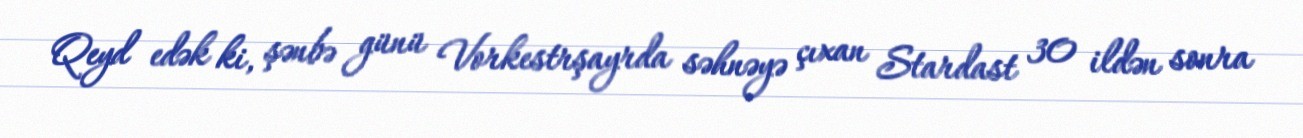
Qeyd edək ki, şənbə günü Vorkestrşayrda səhnəyə çıxan Stardast 30 ildən sonra